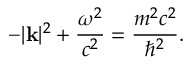
- | \mathbf { k } | ^ { 2 } + { \frac { \omega ^ { 2 } } { c ^ { 2 } } } = { \frac { m ^ { 2 } c ^ { 2 } } { \hbar ^ { 2 } } } .